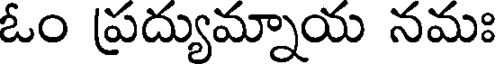
ఓం ప్రద్యుమ్నాయ నమః